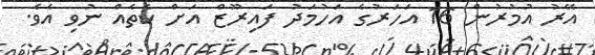
އޭރު އުމުރުން 16 އަހަރުގެ އަހުމަދު ފައިރޫޒް އަށް ކެތެއް ނުވި އެވެ.